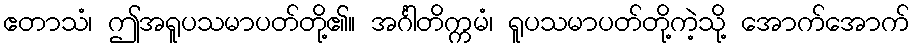
ဧတာသံ၊ ဤအရူပသမာပတ်တို့၏။ အင်္ဂါတိက္ကမံ၊ ရူပသမာပတ်တို့ကဲ့သို့ အောက်အောက်